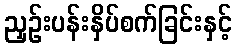
ညှဉ်းပန်းနှိပ်စက်ခြင်းနှင့်